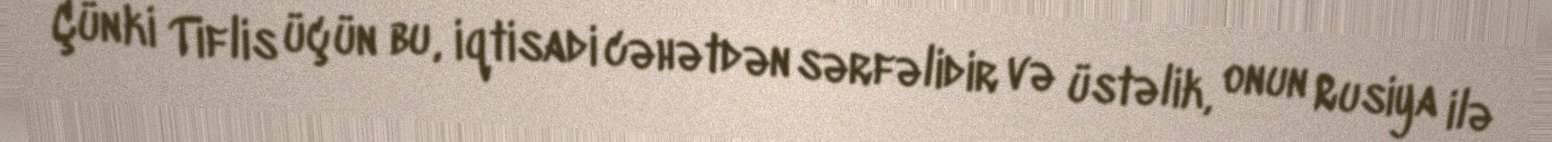
Çünki Tiflis üçün bu, iqtisadi cəhətdən sərfəlidir və üstəlik, onun Rusiya ilə